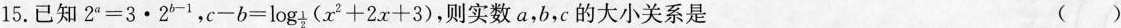
15. 已知$$2^{a}=3\cdot 2^{b-1}$$, $$c-b= \log _{\frac{1}{2}}(x^{2}+2x+3)$$, 实数a,b,c的大小关系是 ( )